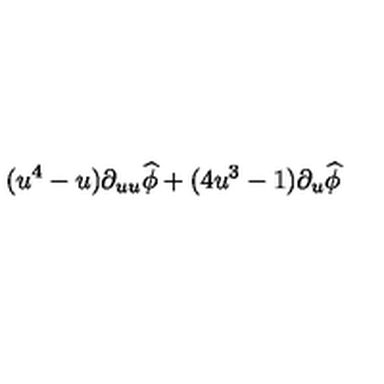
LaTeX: ( u ^ { 4 } - u ) \partial _ { u u } \widehat { \phi } + ( 4 u ^ { 3 } - 1 ) \partial _ { u } \widehat { \phi }